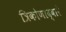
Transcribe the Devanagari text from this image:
त्रिकोणाद्वारे